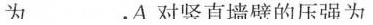
为 .A对竖直墙辟的压强为AF